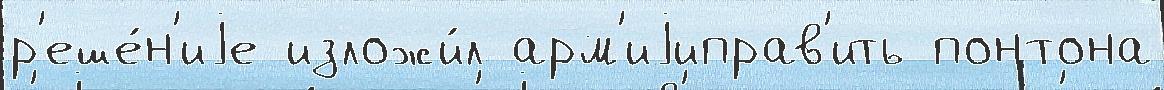
р'еше́н'иjе изложи́л арм'иjиправ'ить понтона